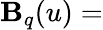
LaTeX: \mathbf{B}_{q}(u)=